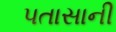
પતાસાની